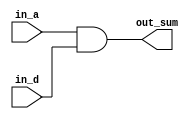
module parity_05(
    in_a,
    in_d,
    out_sum
);

input in_a;
input in_d;
output out_sum;

assign out_sum = in_a & in_d;

endmodule